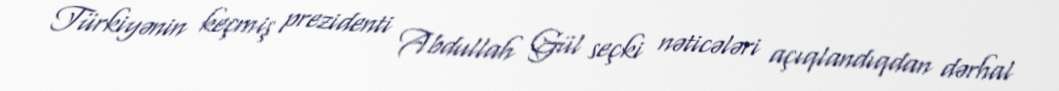
Türkiyənin keçmiş prezidenti Abdullah Gül seçki nəticələri açıqlandıqdan dərhal